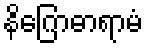
နိဂြောဓာရာမံ